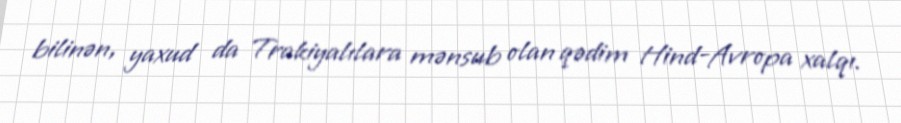
bilinən, yaxud da Trakiyalılara mənsub olan qədim Hind-Avropa xalqı.